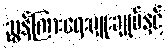
ညွှန်ကြားရေးမှူးချုပ်နှင့်